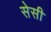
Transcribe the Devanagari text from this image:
सेसी